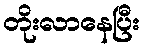
တိုးလာနေပြီး